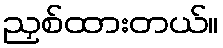
ညှစ်ထားတယ်။